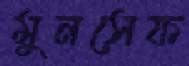
মুনসেফ